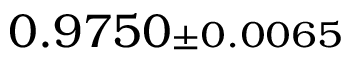
0 . 9 7 5 0 { \scriptstyle \pm 0 . 0 0 6 5 }